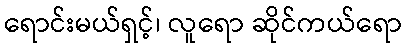
ရောင်းမယ်ရှင့်၊ လူရော ဆိုင်ကယ်ရော